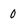
Character: 0